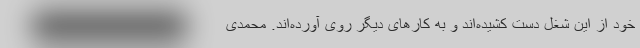
خود از این شغل دست کشیده‌اند و به کارهای دیگر روی آورده‌اند. محمدی